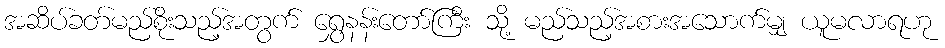
အဆိပ်ခတ်မည်စိုးသည့်အတွက် ရွှေနန်းတော်ကြီး သို့ မည်သည့်အစားအသောက်မျှ ယူမလာရဟု